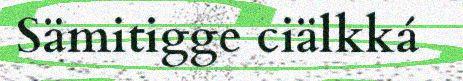
Sämitigge ciälkká